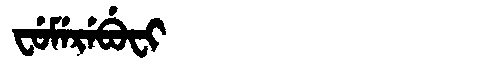
Manchu: ᠸᡠᠮᡝᡵᡝᠪᡠᠸᡳ
Romanization: FUMEREBUFI